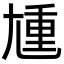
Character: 尰